Annual report of the Imperial Bacteriologist
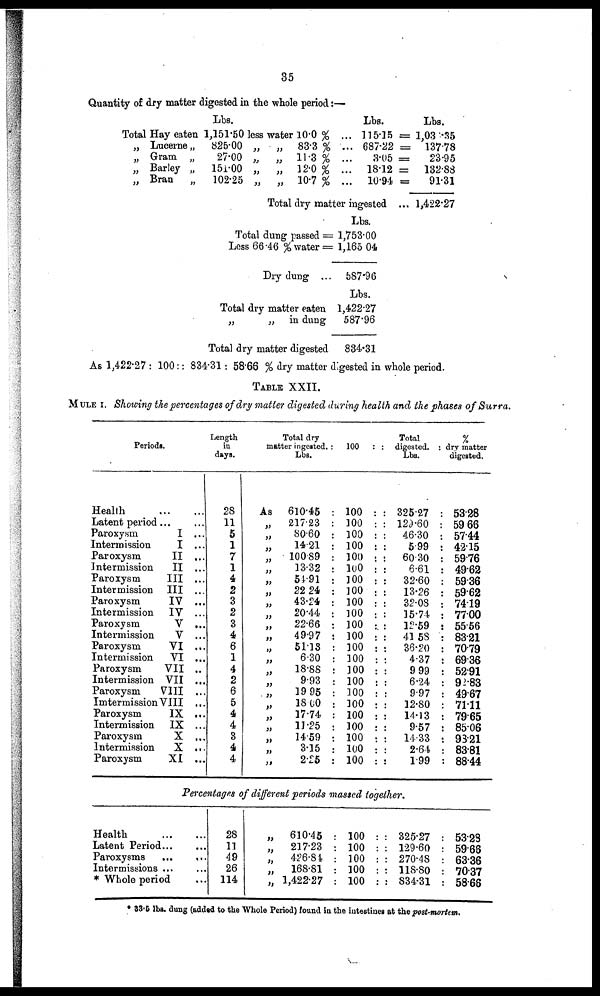
35
Quantity of dry matter digested in the whole period:—
Total
„
„
„
„
Hay eaten
Lucerne „
Gram „
Barley „
Bran
„
Lbs.
1,151.50
825.00
27.00
151.00
102.25
less
„
„
„
„
water
„
„
„
„
Total
10.0 % ..
83.3 % ..
11.3 % ..
12.0 % ..
10.7 % ..
dry matter
Lbs.
. 115.15
. 687.22
3.05
. 18.12
. 10.94
ingested
=
=
=
=
Lbs.
1,03 .35
137.78
23.95
132.88
91.31
1,422.27
Lbs.
Total dung passed = 1,753.00
Less 66.46 % water = 1,165 04
Dry dung ... 587.96
Lbs.
Total dry matter eaten 1,422.27
„
„ in dung
587.96
Total dry matter digested
834.31
As 1,422.27 : 100:: 834.31: 58.66 % dry matter digested in whole period.
TABLE XXII.
MULE I. Showing the percentages of dry matter digested during health and the phases of Sur
Periods.
Health
Latent period
Paroxysm
I ...
Intermission
I ...
Paroxysm
II ...
Intermission
II ...
Paroxysm
III ...
Intermission III ...
Paroxysm
IV ...
Intermission
IV ...
Paroxysm
V ...
Intermission
V ...
Paroxysm
VI ...
Intermission
VI ...
Paroxysm
VII ..
Intermission VII ...
Paroxysm
VIII ..
Imtermission VIII .,.
Paroxysm
IX ...
Intermission
IX ...
Paroxysm
X ...
Intermission
X ...
Paroxysm
XI ...
Length
in
days.
28
11
5
1
7
1
4
2
3
2
3
4
6
1
4
2
6
5
4
4
3
4
4
As
„
„
„
„
„
„
„
„
„
„
„
„
„
„
„
„
„
„
„
„
„
„
Total dry
Lbs.
610.45 :
217.23 :
80.60 :
14.21 :
100.89 :
13.32 :
54.91 :
22.24
43.24 :
20.44 :
22.66
49.97
51.13
6.30
18.88
9.93
19 95
18.00
17.74
11.25
14.59
3.15
2.25
100 :
100 :
100 :
100 :
100 :
100 :
100 :
100 :
100 .
100 :
100 :
100 :
100 :
100 :
: 100 :
: 100 :
: 100 :
: 100 :
: 100 :
: 100 :
: 100 :
: 100 :
: 100 :
: 100 :
Total
digested. :
Lbs.
: 325.27 :
: 129.60 :
:
46.30 :
: 5.99 :
:
60.30 :
:
6.61 :
:
32.60 :
:
13.26 :
:
32.08 :
: 15.74
: 12.59
: 41.58
:
36.20
: 4.37
:
9.99
:
6.24
: 9.97
: 12.80
:
14.13
:
9.57
: 14.33
:
2.64
:
1.99
%
dry matter
digested.
53.28
59.66
57.44
42.15
59.76
49.62
59.36
59.62
74.19
77.00
55.56
83.21
70.79
69.36
52.91
92.83
49.67
71.11
79.65
85.06
98.21
83.81
88.44
Percentages of different periods massed together.
Health
Latent Period...
Paroxysms
Intermissions ...
* Whole period
...
....
. ..
...
28
11
49
26
114
„
610.45
„
217.23
„
426.84
„
168.81
„ 1,422.27
100 :
100 :
100 :
100 :
100 :
: 325.27
: 129.60
: 270.48
: 118.80
: 834.31
53.28
59.66
63.36
70.37
58.66
* 33.5 lbs. dung (added to the Whole Period) found in the intestines at the post-mortem.